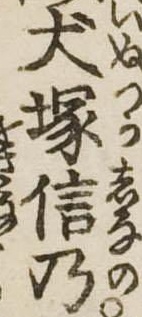
犬塚信乃